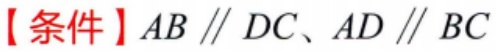
【条件】$AB\parallel DC、AD\parallel BC$